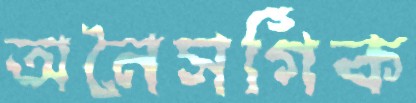
অনৈসর্গিক